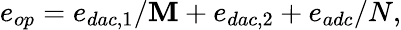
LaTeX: e_{op}=e_{dac,1}/\mathbf{M}+e_{dac,2}+e_{adc}/N,